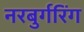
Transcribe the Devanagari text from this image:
नरबुर्गरिंग